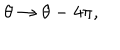
\theta \rightarrow \theta - 4 \pi ,